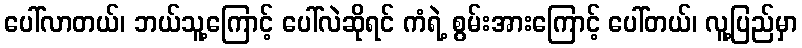
ပေါ်လာတယ်၊ ဘယ်သူ့ကြောင့် ပေါ်လဲဆိုရင် ကံရဲ့ စွမ်းအားကြောင့် ပေါ်တယ်၊ လူ့ပြည်မှာ